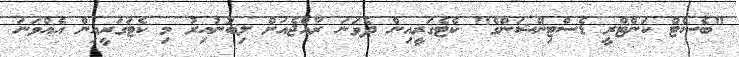
"ބެސްޓް ކަންޓްރީ ޑެސްޓިނޭޝަންގެ" ކެޓެގަރީއިން ދެވަނަ ރާއްޖެއަށް ލިބުނުއިރު މި ކެޓަގަރީއިން އެއްވަނަ